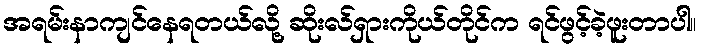
အရမ်းနာကျင်နေရတယ်လို့ ဆိုးလ်ရှားကိုယ်တိုင်က ရင်ဖွင့်ခဲ့ဖူးတာပါ။